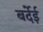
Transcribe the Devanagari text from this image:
बर्देई